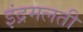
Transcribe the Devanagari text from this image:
इंद्रमलती